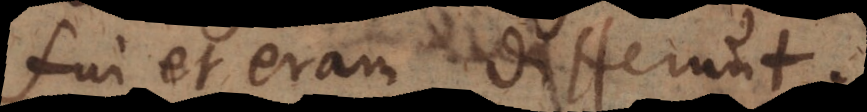
fui et eram differunt.